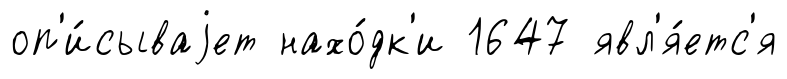
оп'и́сываjет нахо́дк'и 1647 явл'я́етс'я